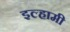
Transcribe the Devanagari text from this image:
इल्हामी